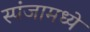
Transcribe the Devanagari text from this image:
स्पंजामध्ये